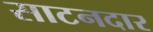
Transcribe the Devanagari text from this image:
साटनदार